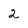
Character: 2